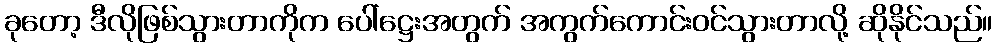
ခုတော့ ဒီလိုဖြစ်သွားတာကိုက ပေါ်ဋ္ဌေးအတွက် အကွက်ကောင်းဝင်သွားတာလို့ ဆိုနိုင်သည်။